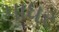
પાધર